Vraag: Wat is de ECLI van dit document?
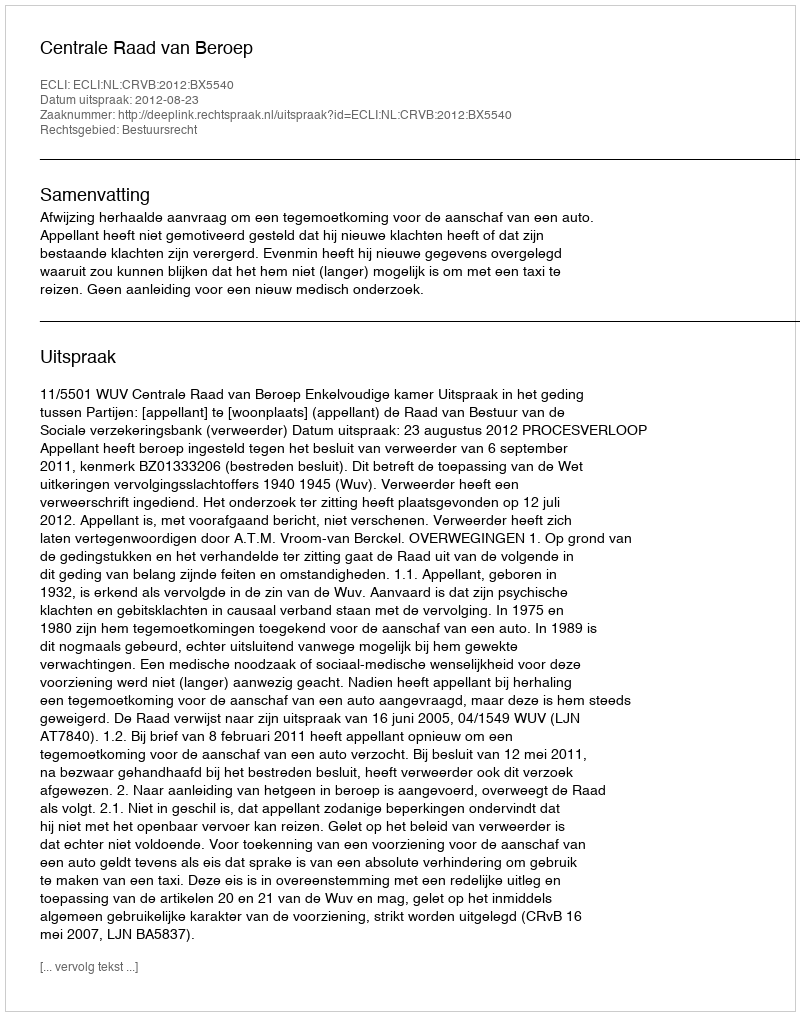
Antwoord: ECLI:NL:CRVB:2012:BX5540